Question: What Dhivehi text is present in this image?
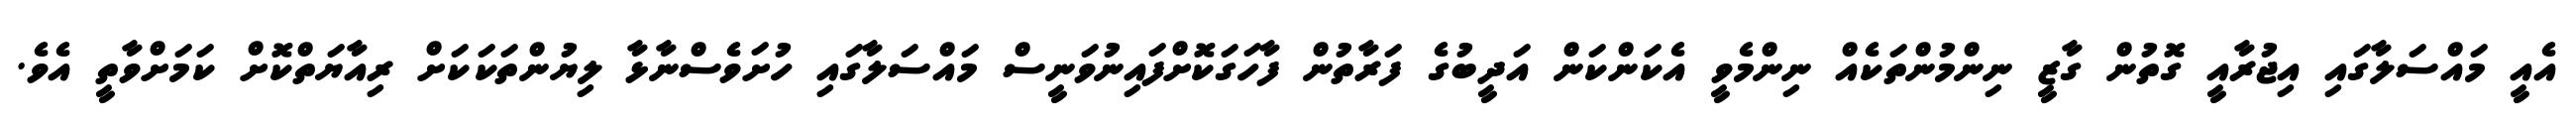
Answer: އެއީ މައްސަލާގައި އިޖުރާއީ ގޮތުން ގާޒީ ނިންމުންތަކެއް ނިންމެވީ އެކަންކަން އަދީބުގެ ފަރާތުން ފާހަގަކޮށްފައިނުވަނީސް މައްސަލާގައި ހުށަވެސްނާޅާ ލިޔުންތަކަކަށް ރިއާޔަތްކޮށް ކަމަށްވާތީ އެވެ.